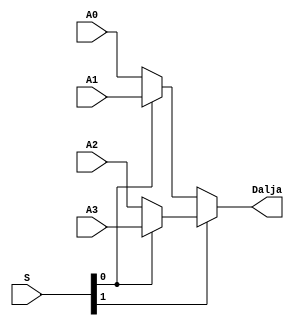
`timescale 1ns / 1ps
//////////////////////////////////////////////////////////////////////////////////
// Company: 
// Engineer: 
// 
// Design Name: 
// Module Name: mux4ne1
// Project Name: 
// Target Devices: 
// Tool Versions: 
// Description: 
// 
// Dependencies: 
// 
// Revision:
// Revision 0.01 - File Created
// Additional Comments:
// 
//////////////////////////////////////////////////////////////////////////////////


module mux4ne1(
    input [15:0] A0,
    input [15:0] A1,
    input [15:0] A2,
    input [15:0] A3,
    input [1:0] S,
    output [15:0] Dalja
);

assign Dalja = (S[1] ? (S[0] ? A3 : A2) : (S[0] ? A1 : A0));

endmodule